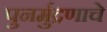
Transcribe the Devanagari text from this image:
पुनर्मुद्रणाचे